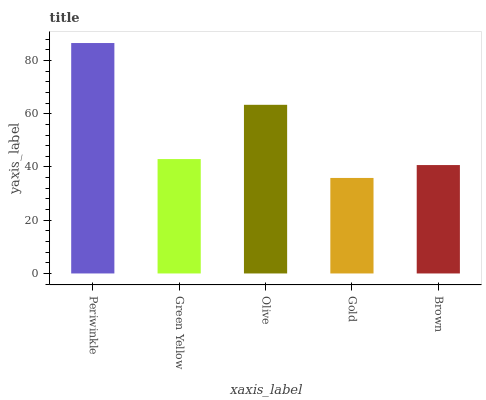
| xaxis_label | bars |
 | --- | --- |
 | Periwinkle | 86.6 |
 | Green Yellow | 43 |
 | Olive | 63.4 |
 | Gold | 35.9 |
 | Brown | 40.7 |